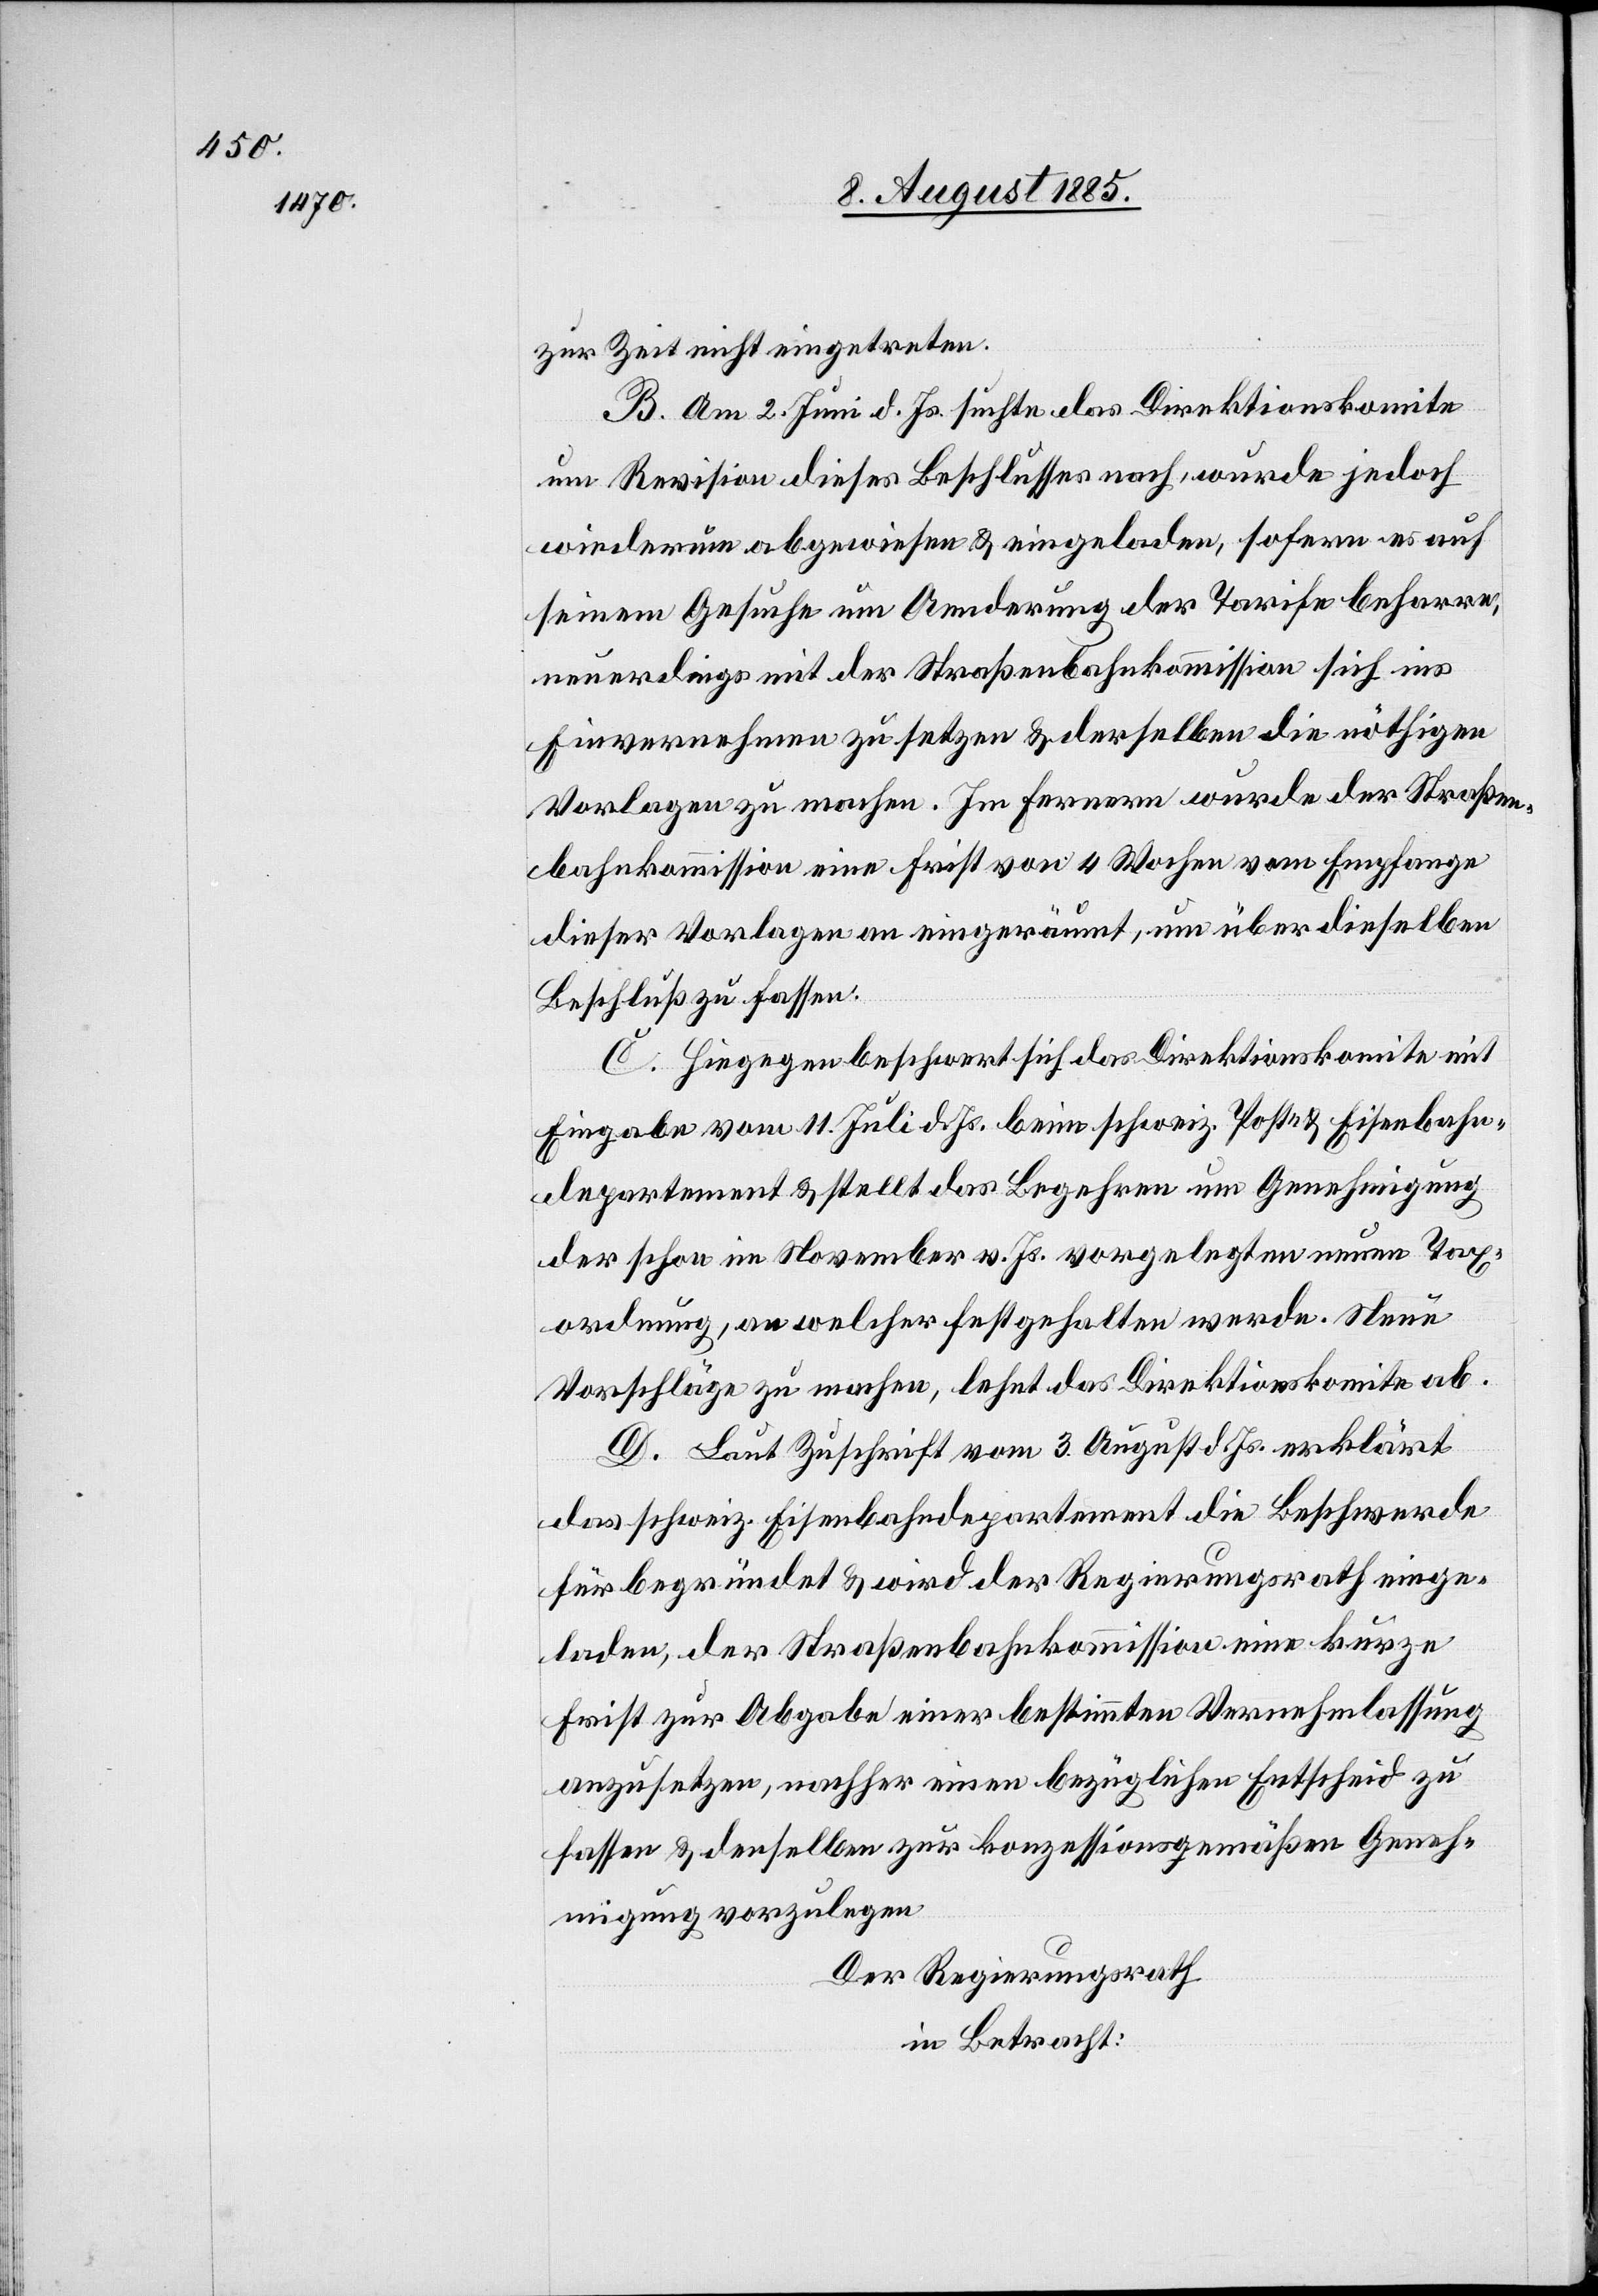
zur Zeit nicht eingetreten.
B. Am 2. Juni d. Js. suchte das Direktionskomite
um Revision dieses Beschlusses nach, wurde jedoch
wiederum abgewiesen & eingeladen, sofern es auf
seinem Gesuche um Aenderung der Tarife beharre,
neuerdings mit der Straßenbahnkommission sich ins
einvernehmen zu setzen & derselben die nöthigen
Vorlagen zu machen. Im Fernern wurde der Straßen¬
bahnkommission eine Frist von 4 Wochen vom Empfang
dieser Vorlagen an eingeräumt, um über dieselben
Beschluß zu fassen.
C. Hiegegen beschwert sich das Direktionskomite mit
Eingabe vom 11. Juli d. Js. beim schweiz. Post- & Eisenbahn¬
departement & stellt das Begehren um Genehmigung
der schon im November v. Js. vorgelegten neuen Tax¬
ordnung, an welcher fest gehalten werde. Neue
Vorschläge zu machen, lehnt das Direktionskomite ab.
D. Laut Zuschrift vom 3. August d. Js. erklärt
das schweiz. Eisenbahndepartement die Beschwerde
für begründet & wird der Regierungsrath einge¬
laden, der Straßenbahnkommission eine kurze
Frist zur Abgabe einer bestimmten Vernehmlassung
anzusetzen, nachher einen bezüglichen Entscheid zu
fassen & derselben zur konzessionsgemäßen Geneh¬
migung vorzulegen.
Der Regierungsrath
in Betracht: